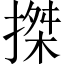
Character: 搩